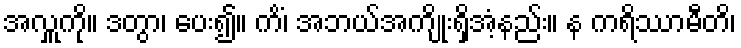
အလှူကို။ ဒတွာ၊ ပေး၍။ ကိံ၊ အဘယ်အကျိုးရှိအံ့နည်း။ န ကရိဿာမီတိ၊